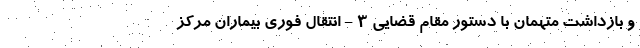
و بازداشت متهمان با دستور مقام قضایی ۳ - انتقال فوری بیماران مرکز